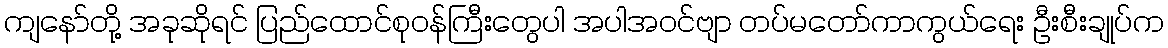
ကျနော်တို့ အခုဆိုရင် ပြည်ထောင်စုဝန်ကြီးတွေပါ အပါအဝင်ဗျာ တပ်မတော်ကာကွယ်ရေး ဦးစီးချုပ်က